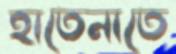
হাতেনাতে